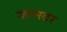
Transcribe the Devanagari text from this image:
जामदर